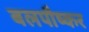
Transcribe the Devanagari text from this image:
बलपौष्कर